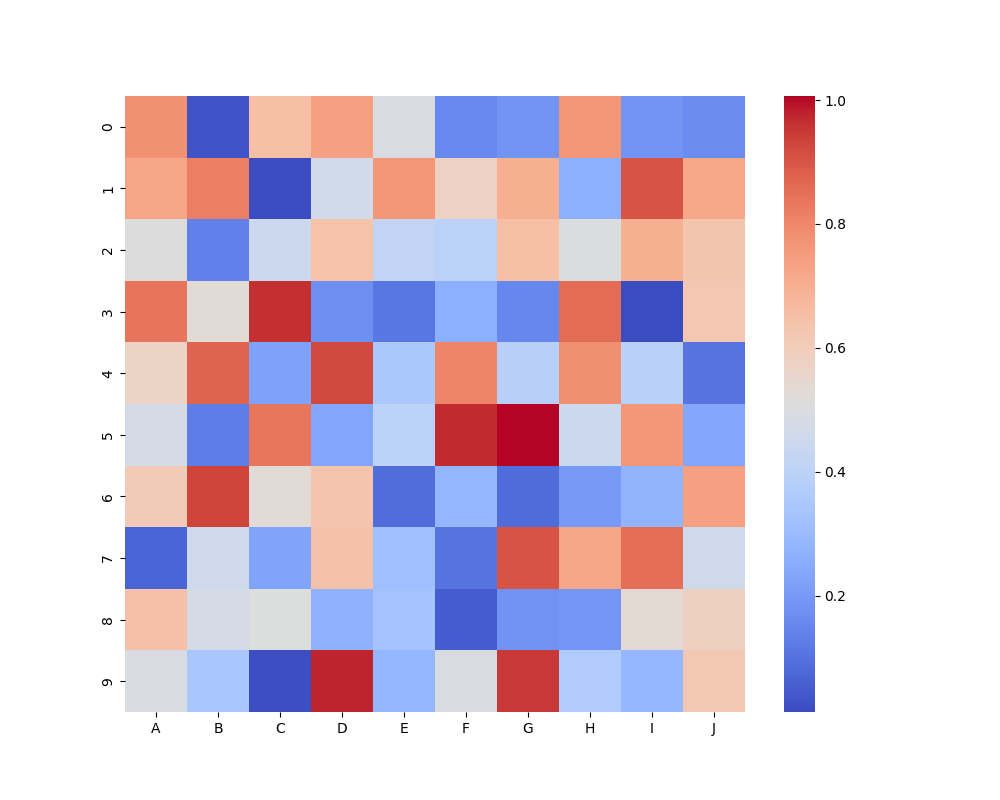
python, seaborn, heatmap, cmap='coolwarm', linewidths=0.0, center=none